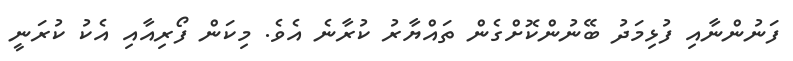
ފަނުންނާއި ފުޅިމަދު ބޭނުންކޮށްގެން ތައްޔާރު ކުރާނެ އެވެ. މިކަން ފޯރިއާއި އެކު ކުރަނީ